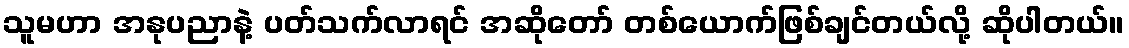
သူမဟာ အနုပညာနဲ့ ပတ်သက်လာရင် အဆိုတော် တစ်ယောက်ဖြစ်ချင်တယ်လို့ ဆိုပါတယ်။